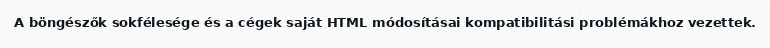
A böngészők sokfélesége és a cégek saját HTML módosításai kompatibilitási problémákhoz vezettek.